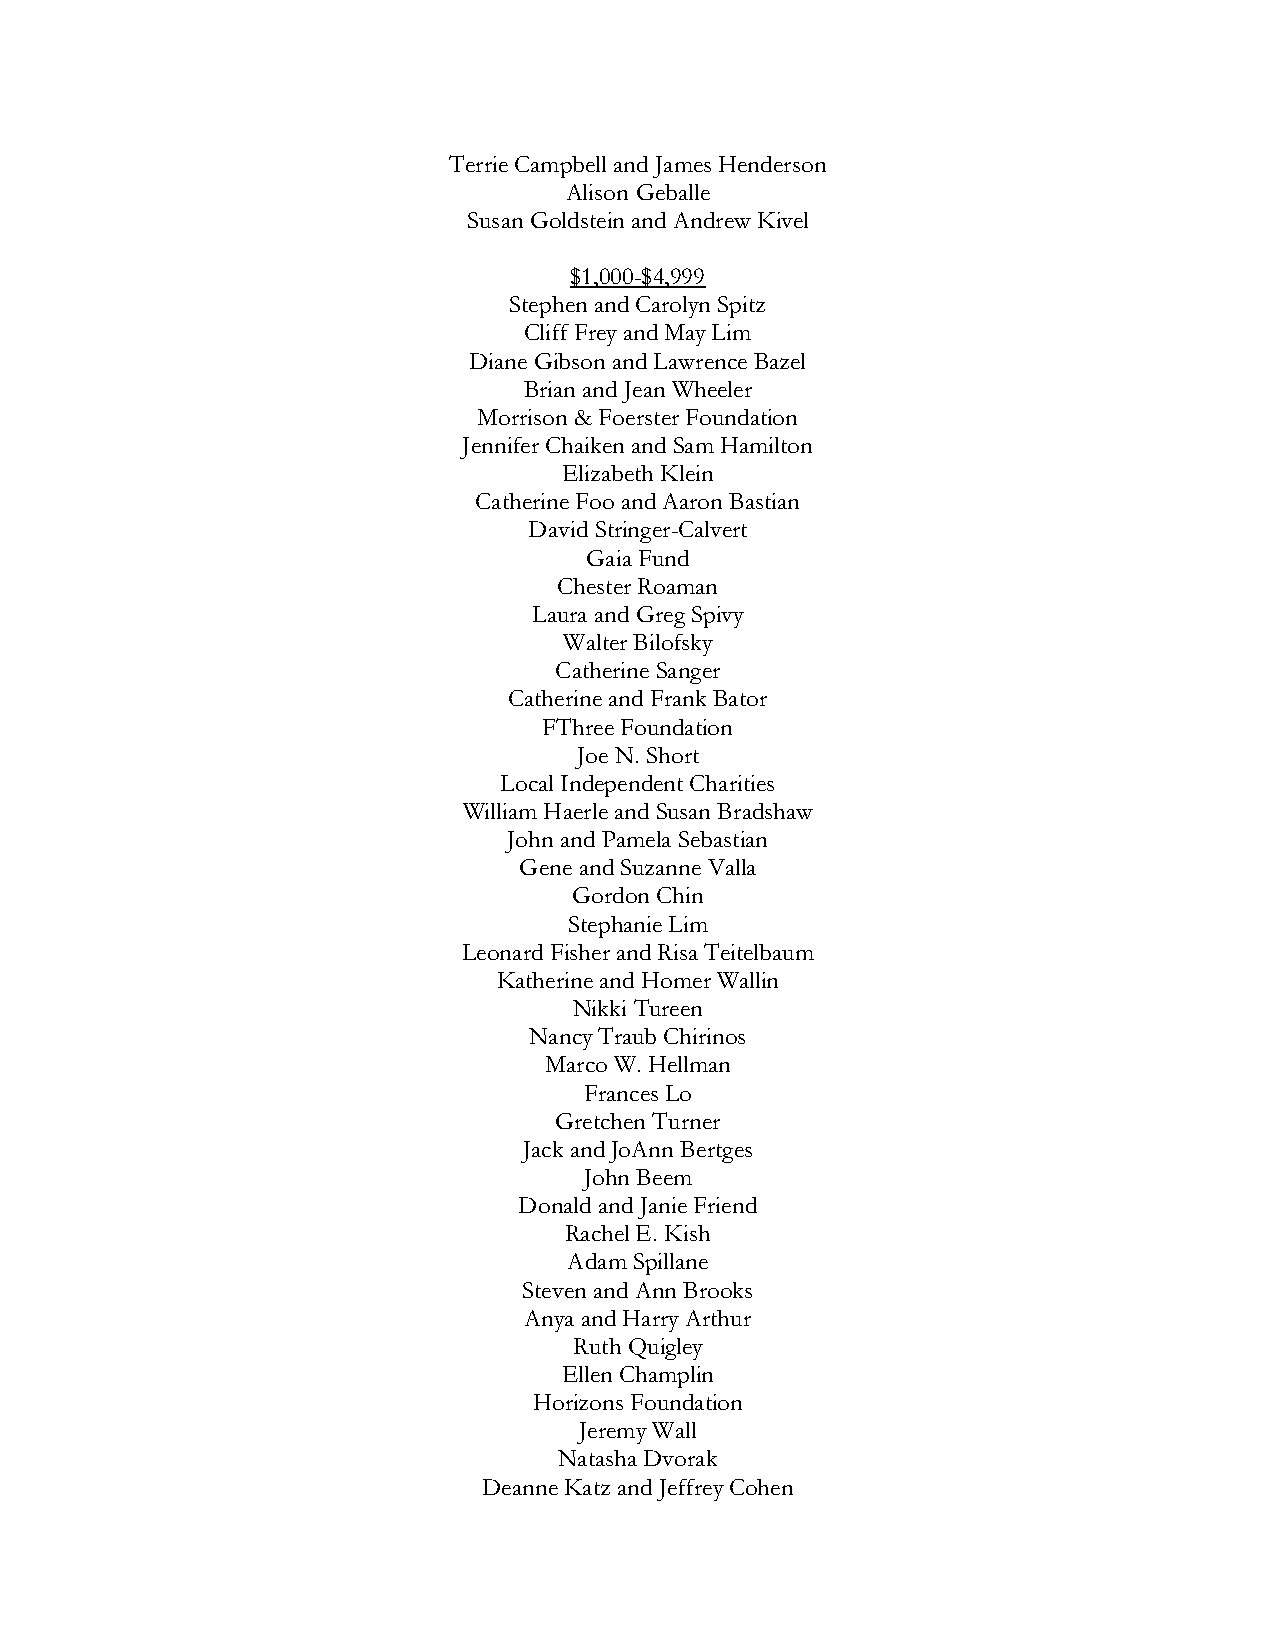
Terrie Campbell and James Henderson
 Alison Geballe
 Susan Goldstein and Andrew Kivel
 $1,000-$4,999
 Stephen and Carolyn Spitz
 Cliff Frey and May Lim
 Diane Gibson and Lawrence Bazel
 Brian and Jean Wheeler
 Morrison & Foerster Foundation
 Jennifer Chaiken and Sam Hamilton
 Elizabeth Klein
 Catherine Foo and Aaron Bastian
 David Stringer-Calvert
 Gaia Fund
 Chester Roaman
 Laura and Greg Spivy
 Walter Bilofsky
 Catherine Sanger
 Catherine and Frank Bator
 FThree Foundation
 Joe N. Short
 Local Independent Charities
 William Haerle and Susan Bradshaw
 John and Pamela Sebastian
 Gene and Suzanne Valla
 Gordon Chin
 Stephanie Lim
 Leonard Fisher and Risa Teitelbaum
 Katherine and Homer Wallin
 Nikki Tureen
 Nancy Traub Chirinos
 Marco W. Hellman
 Frances Lo
 Gretchen Turner
 Jack and JoAnn Bertges
 John Beem
 Donald and Janie Friend
 Rachel E. Kish
 Adam Spillane
 Steven and Ann Brooks
 Anya and Harry Arthur
 Ruth Quigley
 Ellen Champlin
 Horizons Foundation
 Jeremy Wall
 Natasha Dvorak
 Deanne Katz and Jeffrey Cohen